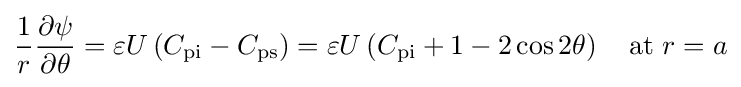
{\frac {1}{r}}{\frac {\partial \psi }{\partial \theta }}=\varepsilon U\left(C_{\mathrm {pi} }-C_{\mathrm {ps} }\right)=\varepsilon U\left(C_{\mathrm {pi} }+1-2\cos 2\theta \right)\quad {\text{at }}r=a